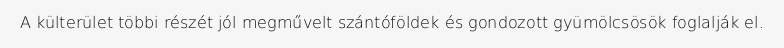
A külterület többi részét jól megművelt szántóföldek és gondozott gyümölcsösök foglalják el.